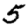
Digit: 5